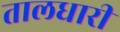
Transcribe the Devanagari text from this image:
तालधारी